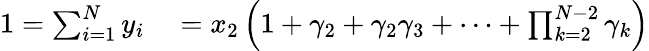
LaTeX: \begin{array}{rl}{1=\sum_{i=1}^{N}y_{i}}&{{}=x_{2}\left(1+\gamma_{2}+\gamma_{2}\gamma_{3}+\cdots+\prod_{k=2}^{N-2}\gamma_{k}\right)}\end{array}